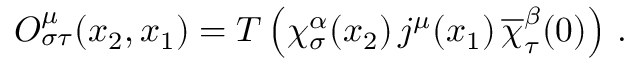
{ \cal O } _ { \sigma \tau } ^ { \mu } ( x _ { 2 } , x _ { 1 } ) = T \left( \chi _ { \sigma } ^ { \alpha } ( x _ { 2 } ) \, j ^ { \mu } ( x _ { 1 } ) \, \overline { { \chi } } _ { \tau } ^ { \beta } ( 0 ) \right) \, .